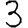
Digit: 3